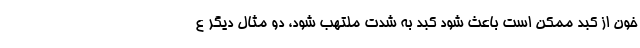
خون از کبد ممکن است باعث شود کبد به شدت ملتهب شود، دو مثال دیگر ع